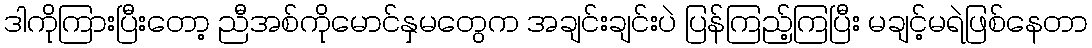
ဒါကိုကြားပြီးတော့ ညီအစ်ကိုမောင်နှမတွေက အချင်းချင်းပဲ ပြန်ကြည့်ကြပြီး မချင့်မရဲဖြစ်နေတာ